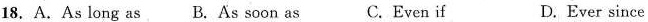
18. A.As long as B. As soon as C. Even if D.Ever since